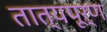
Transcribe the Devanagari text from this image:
तात्यपूर्ण